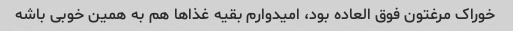
خوراک مرغتون فوق العاده بود، امیدوارم بقیه غذا‌ها هم به همین خوبی باشه